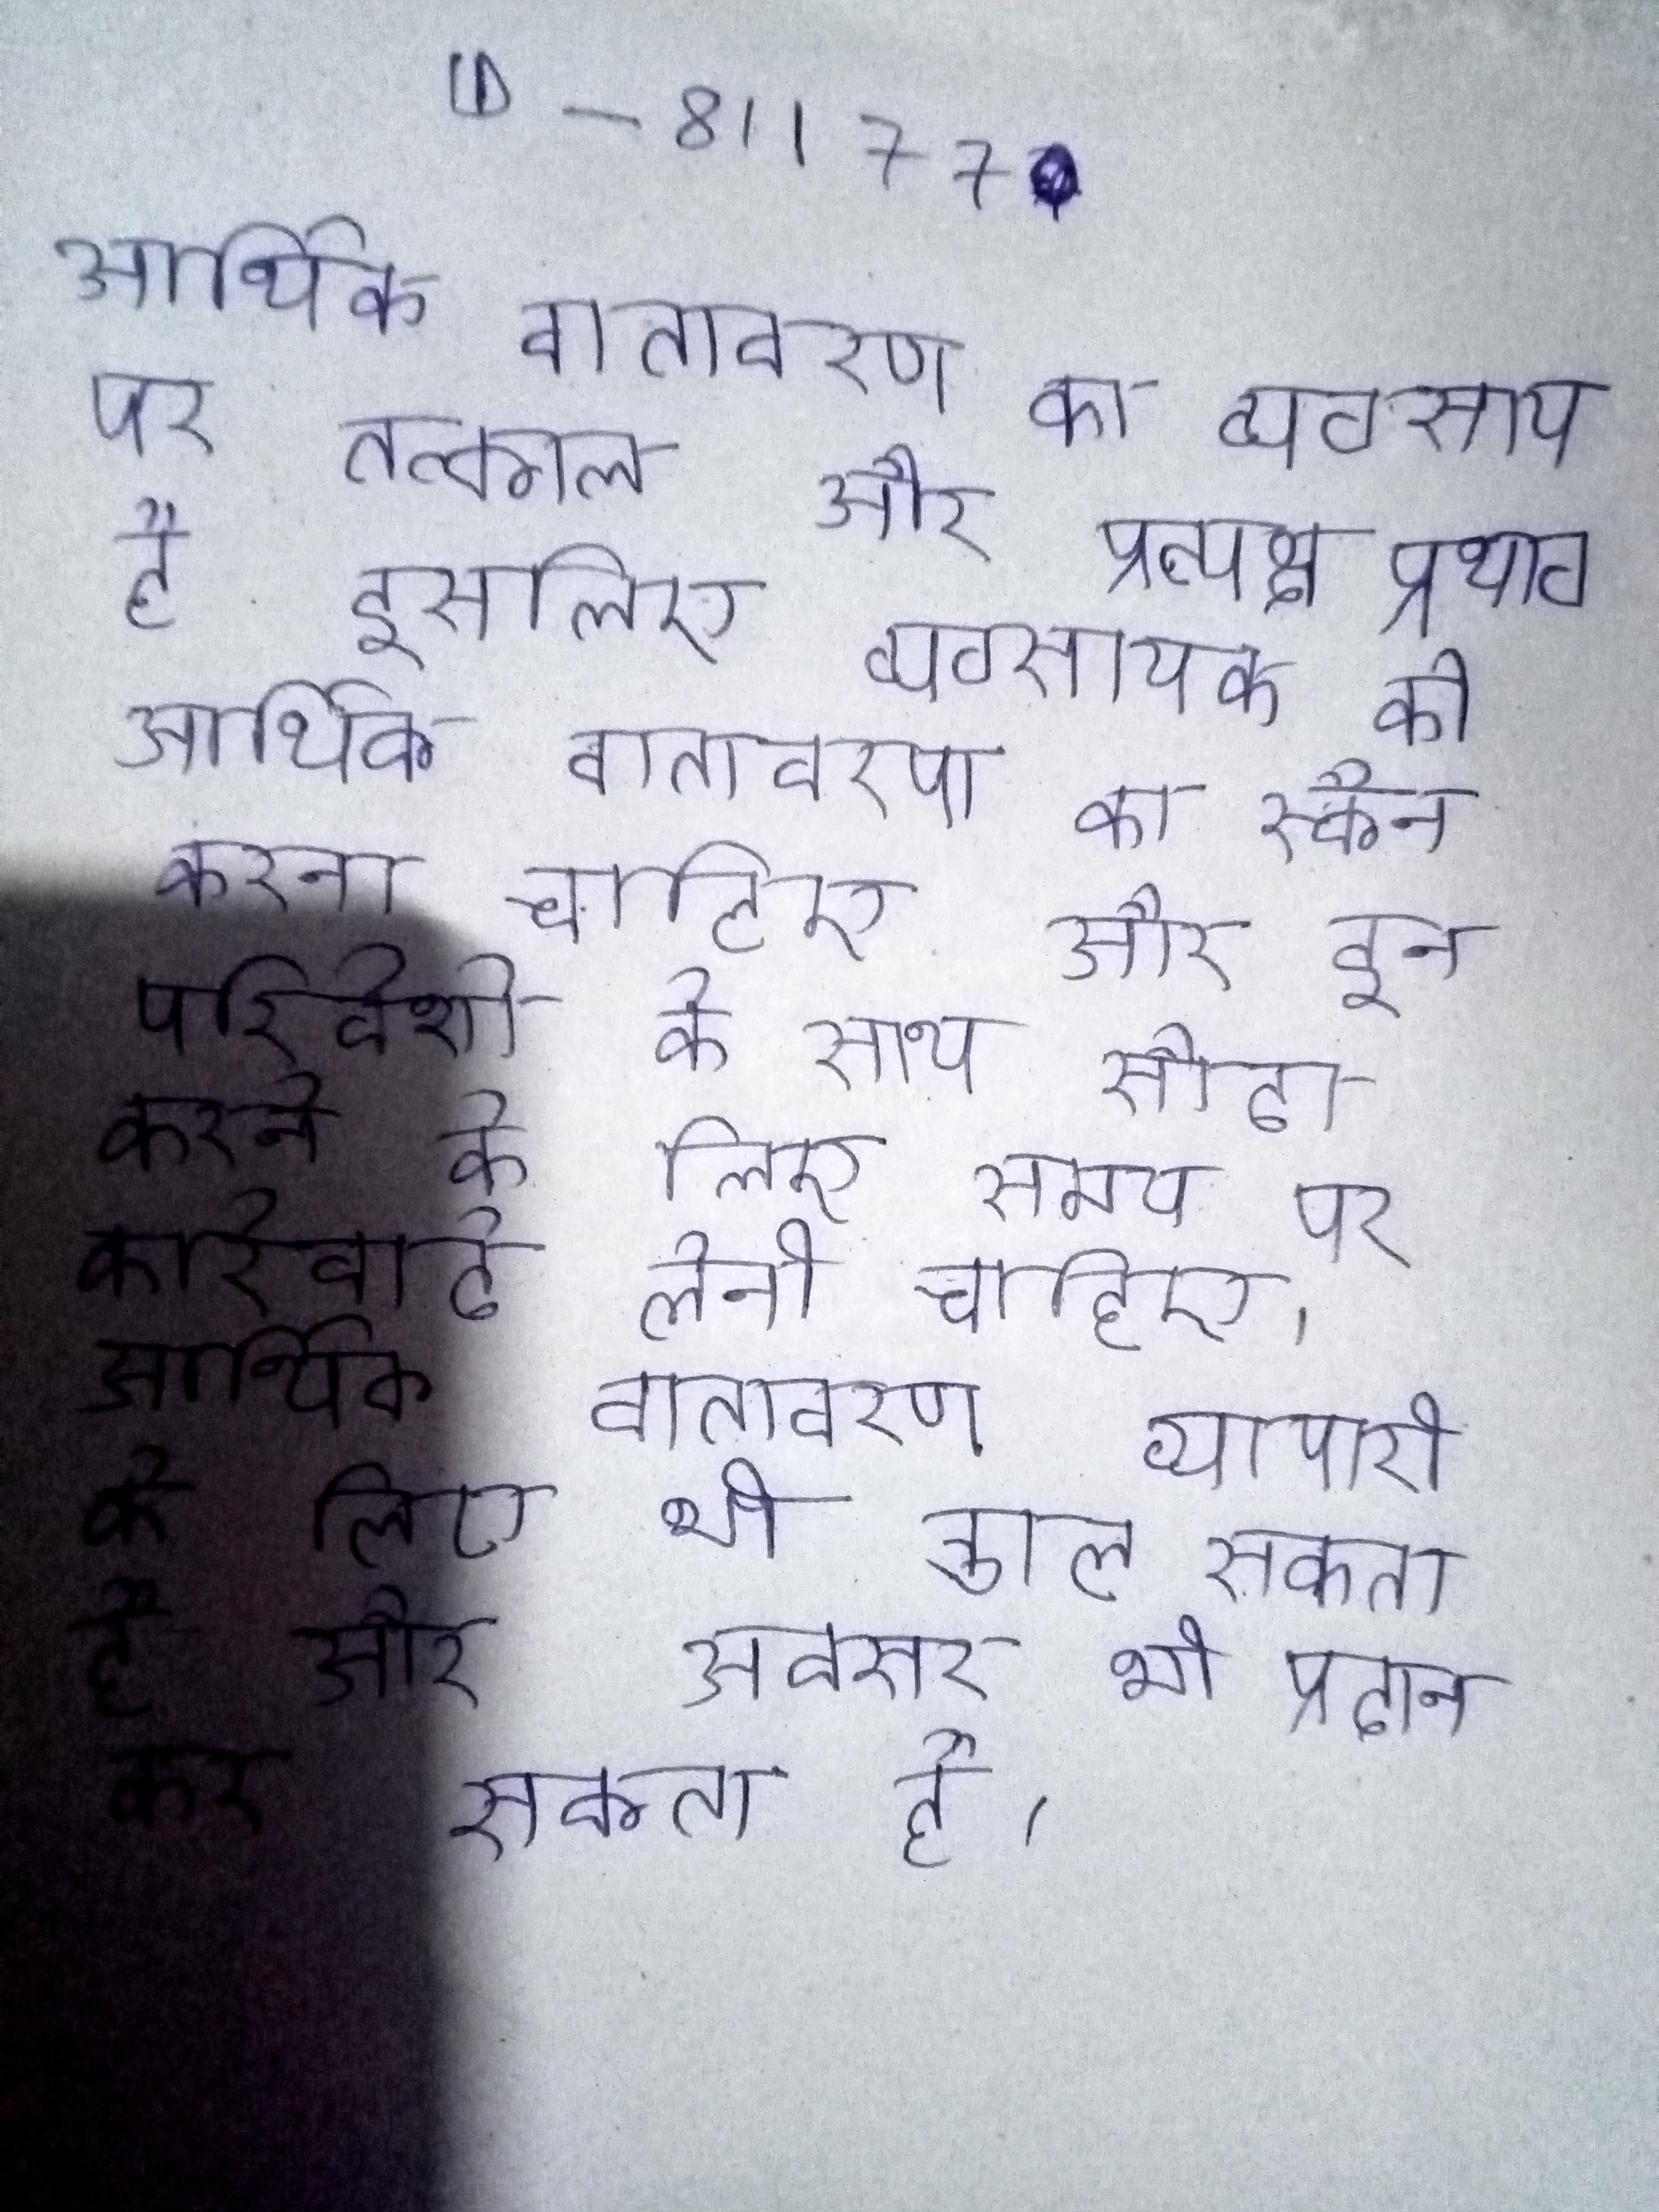
आर्थिक वातावरण का व्यवसाय पर तत्काल और प्रत्यक्ष प्रभाव है इसलिए व्यवसायक को आर्थिक वातावरण का स्कैन करना चाहिए और इन परिवेशो के साथ सौदा करने के लिए समय पर कार्रवाई लेनी चाहिए । आर्थिक वातावरण व्यापारी के लिए भी डाल सकता है और अवसर भी प्रदान कर सकता है ।